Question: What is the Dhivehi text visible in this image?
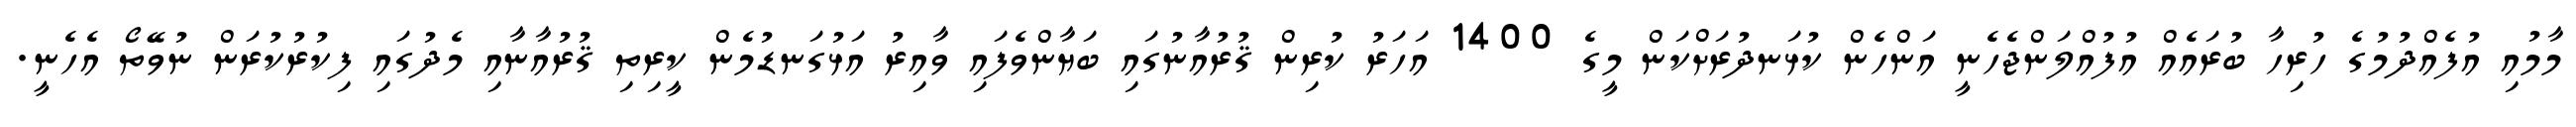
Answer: މާމުއި އުފެއްދުމުގެ ހުރިހާ ބުރައެއް އުފުއްލަންޖެހެނީ އަންހެން ކުޅަނދުރަށްކަން މީގެ 1400 އަހަރު ކުރިން ޤުރުއާނުގައި ބަޔާންވެފައި ވާއިރު އަޅުގަނޑުމެން ކީރިތި ޤުރުއާނާއި މެދުގައި ފިކުރުކުރަން ނުވޭތޯ އެހެނީ.